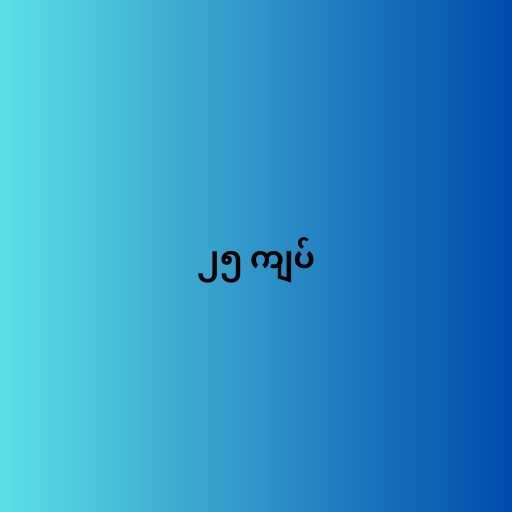
၂၅ ကျပ်